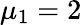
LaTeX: \mu_{1}=2